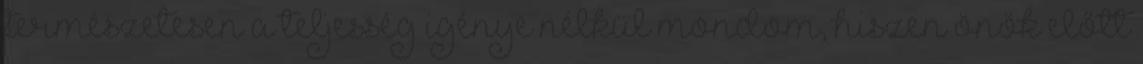
természetesen a teljesség igénye nélkül mondom, hiszen önök előtt